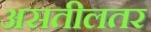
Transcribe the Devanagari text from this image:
असतीलतर